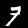
Label: 7